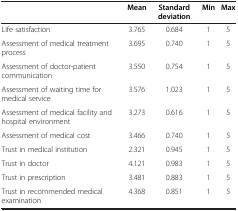
<table><thead><tr><td>[EMPTY_CELL]</td><td><b>Mean</b></td><td><b>Standard deviation</b></td><td><b>Min</b></td><td><b>Max</b></td></tr></thead><tbody><tr><td>Life satisfaction</td><td>3.765</td><td>0.684</td><td>1</td><td>5</td></tr><tr><td>Assessment of medical treatment process</td><td>3.695</td><td>0.740</td><td>1</td><td>5</td></tr><tr><td>Assessment of doctor-patient communication</td><td>3.550</td><td>0.754</td><td>1</td><td>5</td></tr><tr><td>Assessment of waiting time for medical service</td><td>3.576</td><td>1.023</td><td>1</td><td>5</td></tr><tr><td>Assessment of medical facility and hospital environment</td><td>3.273</td><td>0.616</td><td>1</td><td>5</td></tr><tr><td>Assessment of medical cost</td><td>3.466</td><td>0.740</td><td>1</td><td>5</td></tr><tr><td>Trust in medical institution</td><td>2.321</td><td>0.945</td><td>1</td><td>5</td></tr><tr><td>Trust in doctor</td><td>4.121</td><td>0.983</td><td>1</td><td>5</td></tr><tr><td>Trust in prescription</td><td>3.481</td><td>0.883</td><td>1</td><td>5</td></tr><tr><td>Trust in recommended medical examination</td><td>4.368</td><td>0.851</td><td>1</td><td>5</td></tr></tbody></table>